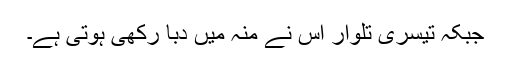
جبکہ تیسری تلوار اس نے منہ میں دبا رکھی ہوتی ہے۔